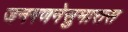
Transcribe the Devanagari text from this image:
जनगणनेसुमारास